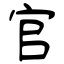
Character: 官